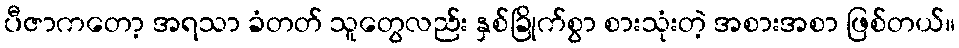
ပီဇာကတော့ အရသာ ခံတတ် သူတွေလည်း နှစ်ခြိုက်စွာ စားသုံးတဲ့ အစားအစာ ဖြစ်တယ်။